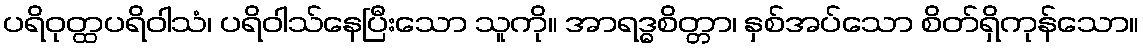
ပရိဝုတ္ထပရိဝါသံ၊ ပရိဝါသ်နေပြီးသော သူကို။ အာရဒ္ဓစိတ္တာ၊ နှစ်အပ်သော စိတ်ရှိကုန်သော။